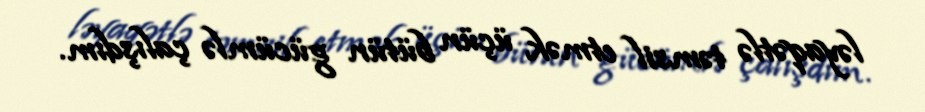
ləyaqətlə təmsil etmək üçün bütün gücümlə çalışdım.